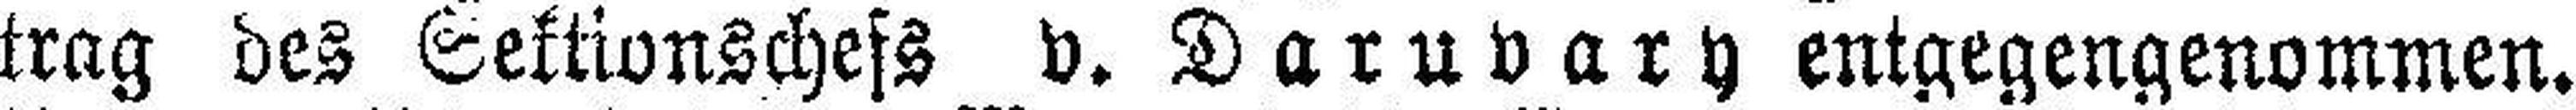
trag des Sektionschefs v. Daruvary entgegengenommen.